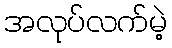
အလုပ်လက်မဲ့